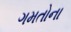
ગમતોના